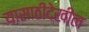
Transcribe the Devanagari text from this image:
यासाठीदेखील